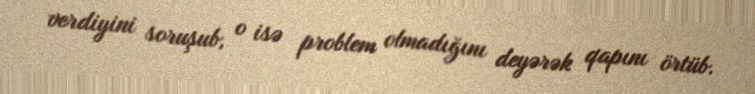
verdiyini soruşub, o isə problem olmadığını deyərək qapını örtüb.